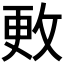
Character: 𪯍